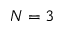
N = 3